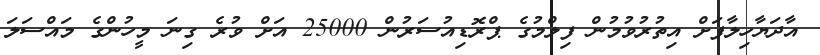
އާދަޔާހިލާފަށް އިތުރުވުމުން ފިލްމުގެ ޕްރޮޑިއުސަރުން 25000 އަށް ވުރެ ގިނަ މީހުންގެ މައްސަލަ